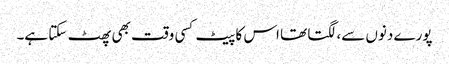
پورے دنوں سے، لگتا تھا اس کا پیٹ کسی وقت بھی پھٹ سکتا ہے۔